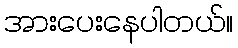
အားပေးနေပါတယ်။